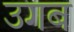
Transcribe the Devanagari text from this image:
उगब